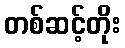
တစ်ဆင့်တိုး